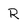
Character: R